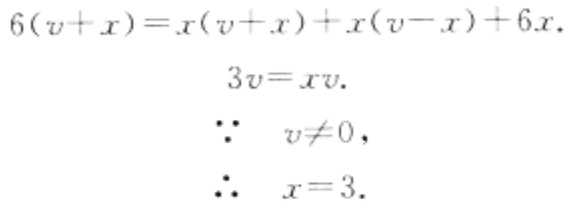
\[
\begin{align*}
6(v + x)&=x(v + x)+x(v - x)+6x.\\
3v&=xv.\\
\because\quad v&\neq0,\\
\therefore\quad x&=3.
\end{align*}
\]